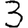
Digit: 3